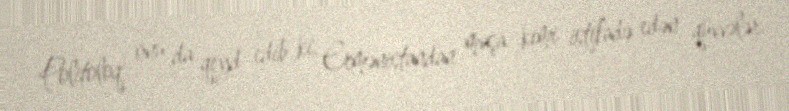
Politoloq onu da qeyd edib ki, Ermənistandan maşa kimi istifadə edən qüvvələr